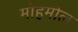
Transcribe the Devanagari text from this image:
मोहमोल